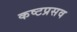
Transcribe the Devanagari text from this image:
कष्टप्रसव